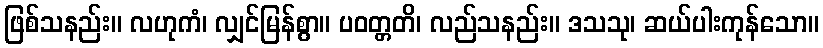
ဖြစ်သနည်း။ လဟုကံ၊ လျှင်မြန်စွာ။ ပဝတ္တတိ၊ လည်သနည်း။ ဒသသု၊ ဆယ်ပါးကုန်သော။